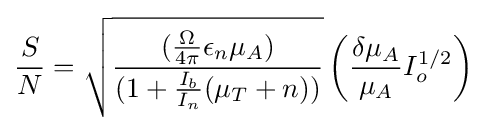
{\frac {S}{N}}={\sqrt {\frac {({\frac {\Omega }{4\pi }}\epsilon _{n}\mu _{A})}{(1+{\frac {I_{b}}{I_{n}}}(\mu _{T}+n))}}}\left({\frac {\delta \mu _{A}}{\mu _{A}}}I_{o}^{1/2}\right)